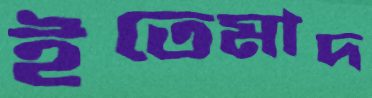
ইতেমাদ